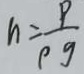
n = \frac { P } { p g }